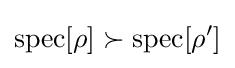
\mathrm {spec} [\rho ]\succ \mathrm {spec} [\rho ']